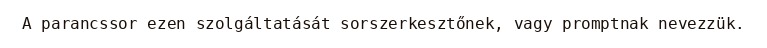
A parancssor ezen szolgáltatását sorszerkesztőnek, vagy promptnak nevezzük.